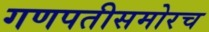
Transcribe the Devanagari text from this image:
गणपतीसमोरच